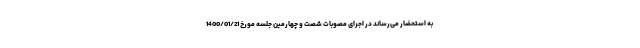
به استحضار می‌رساند در اجرای مصوبات شصت و چهارمین جلسه مورخ 1400/01/21